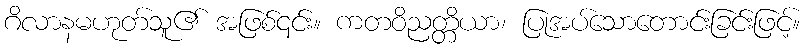
ဂိလာနမဟုတ်သူ၏ အဖြစ်၎င်း။ ကတဝိညတ္တိယာ၊ ပြုအပ်သောတောင်းခြင်းဖြင့်။